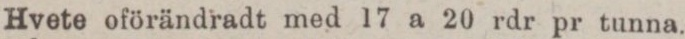
Hvete oförändradt med 17 a 20 rdr pr tunna.